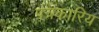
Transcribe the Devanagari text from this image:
पत्रकारिय